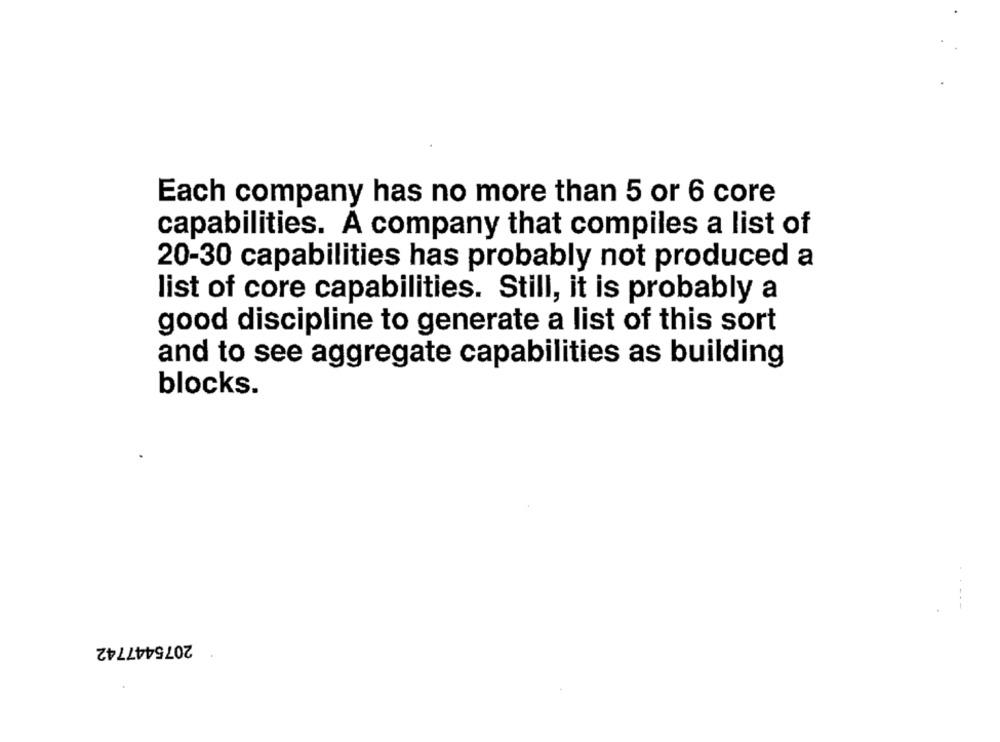
Each company has no more than 5 or 6 core
capabilities. A company that compiles a list of
20-30 capabilities has probably not produced a
list of core capabilities. Still, it is probably a
good discipline to generate a list of this sort
and to see aggregate capabilities as building
blocks.
2075447742